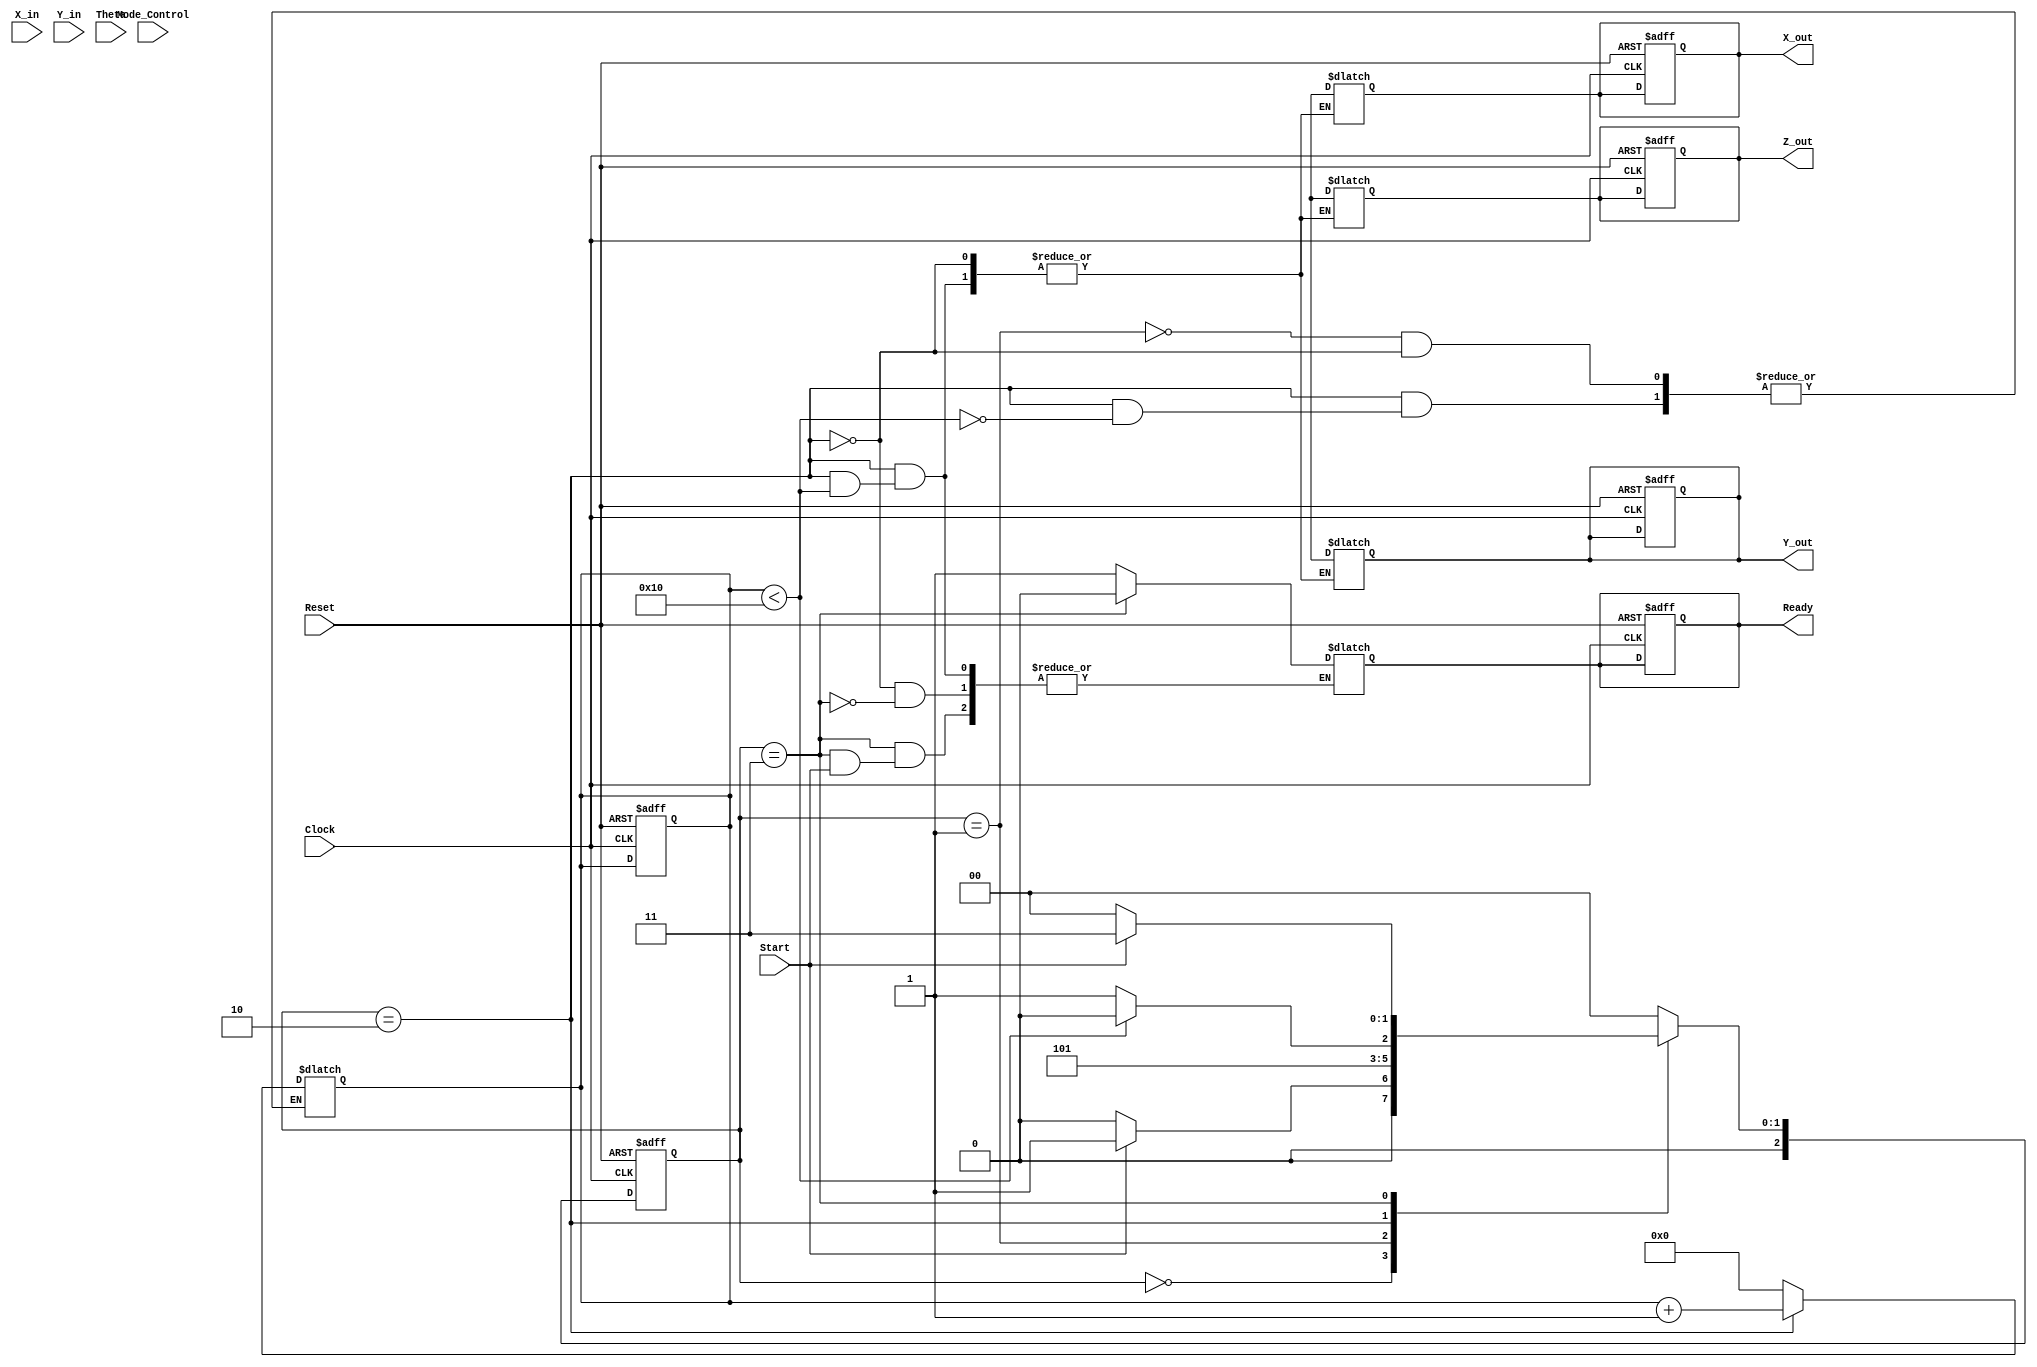
module cordic_2d (
    input wire signed [15:0] X_in,      // Input X coordinate
    input wire signed [15:0] Y_in,      // Input Y coordinate
    input wire signed [15:0] Theta,      // Angle input
    input wire Mode_Control,             // Mode control (0: rotation, 1: vectoring)
    input wire Start,                    // Start signal
    input wire Clock,                    // Clock signal
    input wire Reset,                    // Asynchronous reset
    output reg signed [15:0] X_out,     // Output X coordinate
    output reg signed [15:0] Y_out,     // Output Y coordinate
    output reg signed [15:0] Z_out,      // Output angle
    output reg Ready                     // Ready signal
);

    // Parameters
    parameter NUM_ITERATIONS = 16;      // Number of iterations
    parameter FIXED_POINT_SCALE = 16'h26DD; // Scaling factor (K = 1/sqrt(1+2^-2n))

    // Internal signals
    reg signed [15:0] X[0:NUM_ITERATIONS-1]; // Internal X coordinates
    reg signed [15:0] Y[0:NUM_ITERATIONS-1]; // Internal Y coordinates
    reg signed [15:0] Z[0:NUM_ITERATIONS-1]; // Internal angles
    reg [3:0] iteration;                   // Iteration counter
    reg [2:0] state;                       // FSM state
    reg [2:0] next_state;                  // Next state for FSM
    reg signed [15:0] atan_table[0:NUM_ITERATIONS-1]; // Lookup table for arctangent values

    // Initialize arctangent values (in fixed-point format)
    initial begin
        atan_table[0] = 16'h26DD; // atan(2^0)
        atan_table[1] = 16'h1DAC; // atan(2^-1)
        atan_table[2] = 16'h0FAE; // atan(2^-2)
        atan_table[3] = 16'h07E4; // atan(2^-3)
        // ... Initialize other values ...
        atan_table[NUM_ITERATIONS-1] = 16'h0000; // Last value
    end

    // FSM States
    localparam IDLE = 3'b000,
               INIT = 3'b001,
               COMPUTE = 3'b010,
               DONE = 3'b011;

    // FSM for controlling the CORDIC operation
    always @(posedge Clock or posedge Reset) begin
        if (Reset) begin
            state <= IDLE;
            Ready <= 1'b0;
            iteration <= 0;
            X_out <= 0;
            Y_out <= 0;
            Z_out <= 0;
        end else begin
            state <= next_state;
        end
    end

    // State transitions
    always @(*) begin
        case (state)
            IDLE: begin
                if (Start) begin
                    next_state = INIT;
                end else begin
                    next_state = IDLE;
                end
            end
            INIT: begin
                X[0] = X_in;
                Y[0] = Y_in;
                Z[0] = Theta;
                iteration = 0;
                next_state = COMPUTE;
            end
            COMPUTE: begin
                if (iteration < NUM_ITERATIONS) begin
                    // CORDIC rotation logic
                    if (Mode_Control == 0) begin // Rotation mode
                        if (Z[iteration] < 0) begin
                            X[iteration + 1] = X[iteration] + (Y[iteration] >>> iteration);
                            Y[iteration + 1] = Y[iteration] - (X[iteration] >>> iteration);
                            Z[iteration + 1] = Z[iteration] + atan_table[iteration];
                        end else begin
                            X[iteration + 1] = X[iteration] - (Y[iteration] >>> iteration);
                            Y[iteration + 1] = Y[iteration] + (X[iteration] >>> iteration);
                            Z[iteration + 1] = Z[iteration] - atan_table[iteration];
                        end
                    end else begin // Vectoring mode
                        // Implement vectoring mode logic
                    end
                    iteration = iteration + 1;
                    next_state = COMPUTE;
                end else begin
                    // Finalize output
                    X_out = X[NUM_ITERATIONS];
                    Y_out = Y[NUM_ITERATIONS];
                    Z_out = Z[NUM_ITERATIONS];
                    Ready = 1'b1;
                    next_state = DONE;
                end
            end
            DONE: begin
                if (!Start) begin
                    Ready = 1'b0;
                    next_state = IDLE;
                end else begin
                    next_state = DONE;
                end
            end
            default: next_state = IDLE;
        endcase
    end

endmodule